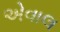
એવાલ